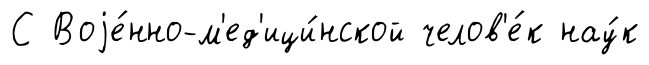
С Воjе́нно-м'ед'ици́нской челов'е́к нау́к